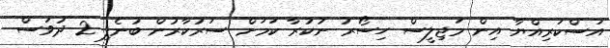
އަސްކަރިއްޔާ އިން މަޖިލީސް ހިސޯރު ނުކުރާ ކަމަށް ސަރުކާރުން ބުނެފި 2 ދުވަސް